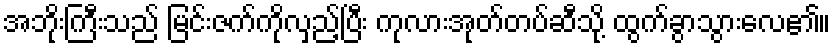
အဘိုးကြီးသည် မြင်းဇက်ကိုလှည့်ပြီး ကုလားအုတ်တပ်ဆီသို့ ထွက်ခွာသွားလေ၏။